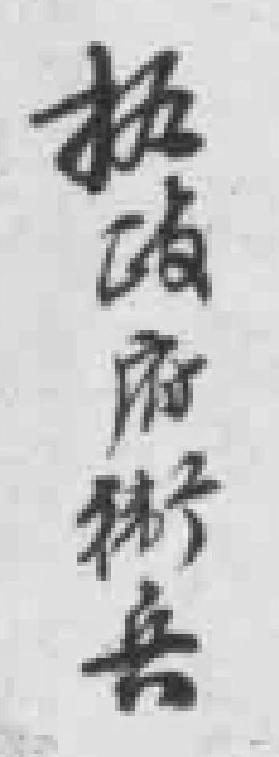
执政府*兵